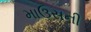
માઉસની